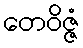
တေဝိဇ္ဇံ